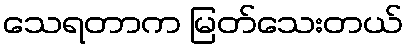
သေရတာက မြတ်သေးတယ်